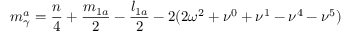
m _ { \gamma } ^ { a } = \frac { n } { 4 } + \frac { m _ { 1 a } } { 2 } - \frac { l _ { 1 a } } { 2 } - 2 ( 2 \omega ^ { 2 } + \nu ^ { 0 } + \nu ^ { 1 } - \nu ^ { 4 } - \nu ^ { 5 } )